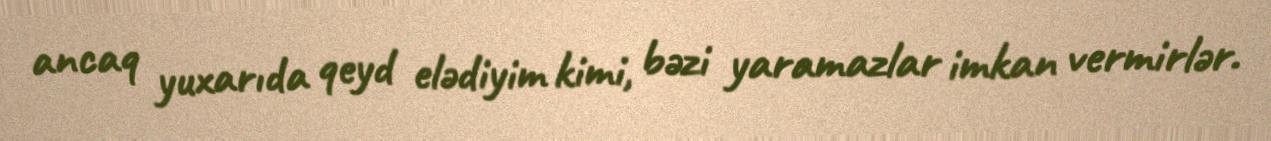
ancaq yuxarıda qeyd elədiyim kimi, bəzi yaramazlar imkan vermirlər.